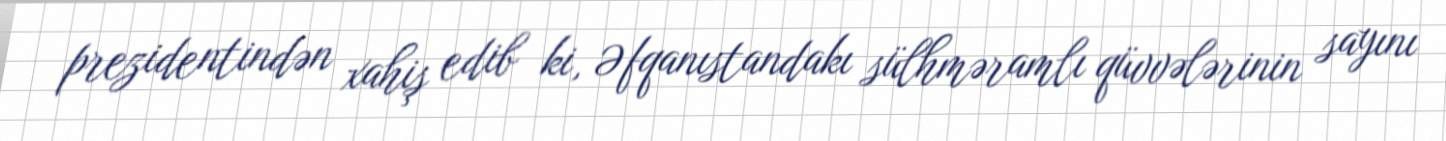
prezidentindən xahiş edib ki, Əfqanıstandakı sülhməramlı qüvvələrinin sayını